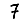
Digit: 7